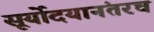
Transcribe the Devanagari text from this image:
सूर्योदयानंतरच